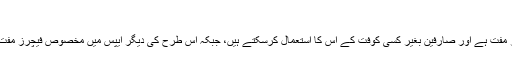
اشتہارات سے پاک
اس ایپ کی سب سے خاص بات یہ ہے کہ یہ اشتہارات سے بالکل پاک اور مکمل طور پر مفت ہے اور صارفین بغیر کسی کوفت کے اس کا استعمال کرسکتے ہیں، جبکہ اس طرح کی دیگر ایپس میں مخصوص فیچرز مفت دستیاب ہوتے ہیں، جبکہ پریمیئر فیچرز کے لیے صارفین کو پیسے ادا کرنے پڑتے ہیں۔